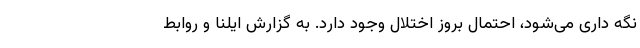
نگه داری می‌شود، احتمال بروز اختلال وجود دارد. به گزارش ایلنا و روابط